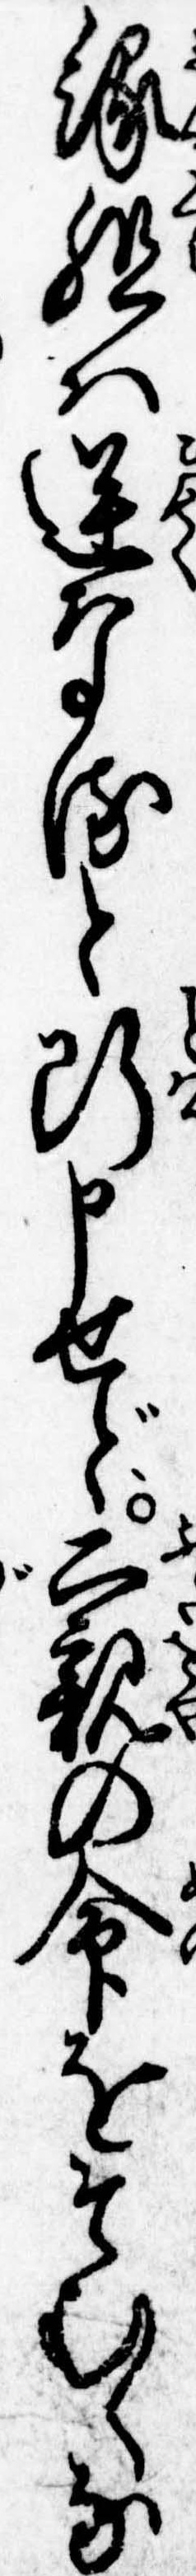
縁組は逆なると断申せど二親の命をそむくな